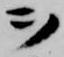
ヲ